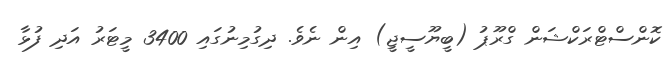
ކޮންސްޓްރަކްޝަން ގްރޫޕު (ބީޔޫސީޖީ) އިން ނެވެ. ދިގުމިނުގައި 3400 މީޓަރު އަދި ފުޅާ